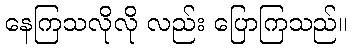
နေကြသလိုလို လည်း ပြောကြသည်။